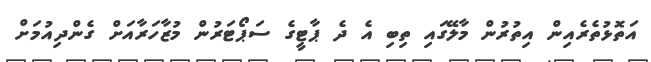
އަތޮޅުތެރެއިން އިތުރުން މާލޭގައި ތިބި އެ ދެ ޕާޓީގެ ސަޕޯޓަރުން މުޒާހަރާއަށް ގެންދިއުމަށް